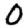
Digit: 0